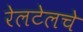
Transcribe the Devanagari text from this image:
रेलटेलचे